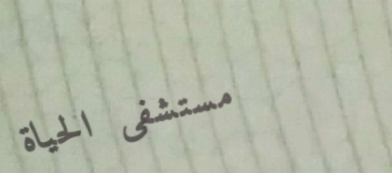
مستشفى الحياة